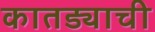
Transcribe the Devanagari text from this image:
कातड्याची